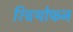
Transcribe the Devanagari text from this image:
रिचथोफन